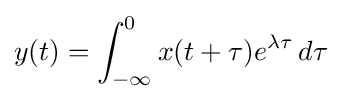
y(t)=\int _{-\infty }^{0}x(t+\tau )e^{\lambda \tau }\,d\tau